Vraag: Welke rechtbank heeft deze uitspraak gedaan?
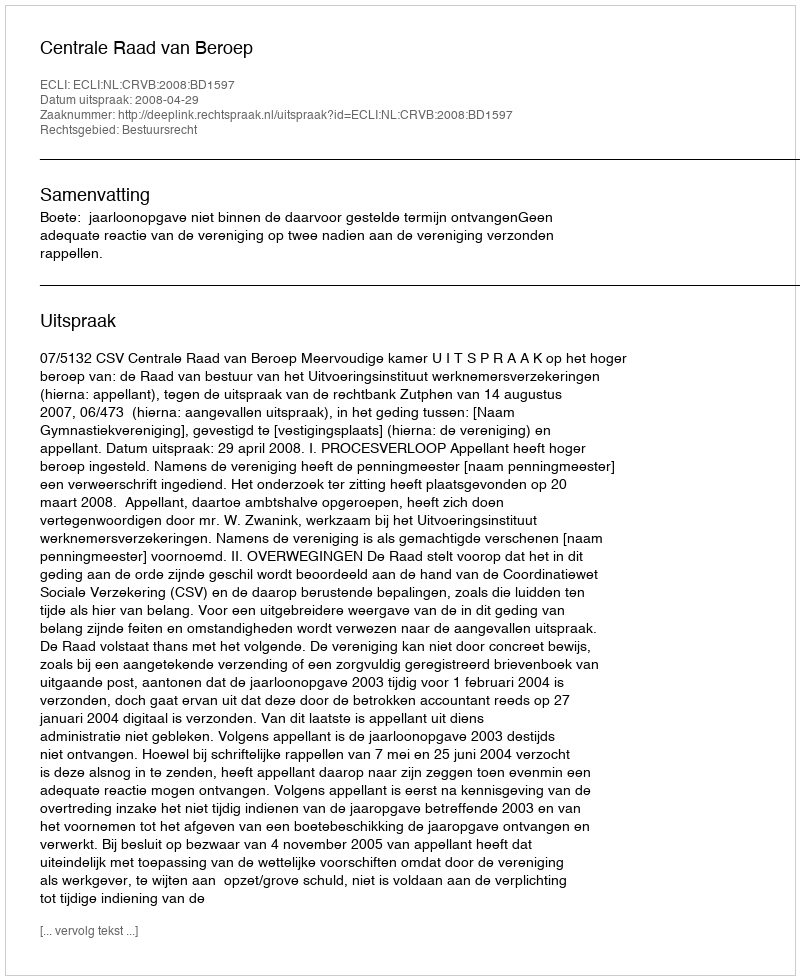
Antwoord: Centrale Raad van Beroep